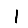
Digit: 1